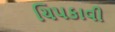
ચિપકાવી